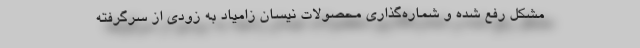
مشکل رفع شده و شماره‌گذاری محصولات نیسان زامیاد به زودی از سرگرفته